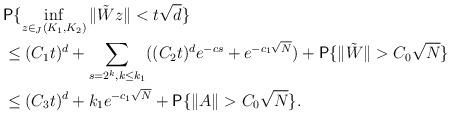
LaTeX: \begin{align*}&\textsf{P}\{ \inf_{z\in_{J}(K_{1}, K_{2})}\Vert \tilde{W}z\Vert<t\sqrt{d} \}\\&\le (C_{1}t)^{d}+\sum_{s=2^{k}, k\le k_{1}}((C_{2}t)^{d}e^{-cs}+e^{-c_{1}\sqrt{N}})+\textsf{P}\{ \Vert \tilde{W}\Vert>C_{0}\sqrt{N}\}\\&\le (C_{3}t)^{d}+k_{1}e^{-c_{1}\sqrt{N}}+\textsf{P}\{ \Vert A\Vert>C_{0}\sqrt{N}\}.\end{align*}